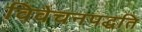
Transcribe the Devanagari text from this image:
विवेचनपद्धति